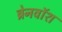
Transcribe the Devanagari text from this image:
ब्रेनवाॅश